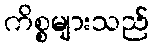
ကိစ္စများသည်